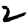
Digit: 2